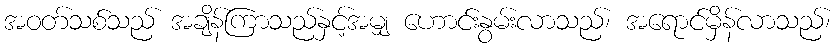
အဝတ်သစ်သည် အချိန်ကြာသည်နှင့်အမျှ ဟောင်းနွမ်းလာသည်၊ အရောင်မှိန်လာသည်၊